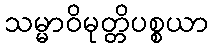
သမ္မာဝိမုတ္တိပစ္စယာ